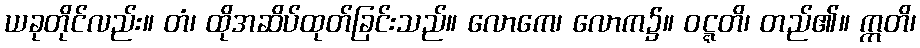
ယခုတိုင်လည်း။ တံ၊ ထိုအဆိပ်ထုတ်ခြင်းသည်။ လောကေ၊ လောက၌။ ဝဋ္ဋတိ၊ တည်၏။ ဣတိ၊